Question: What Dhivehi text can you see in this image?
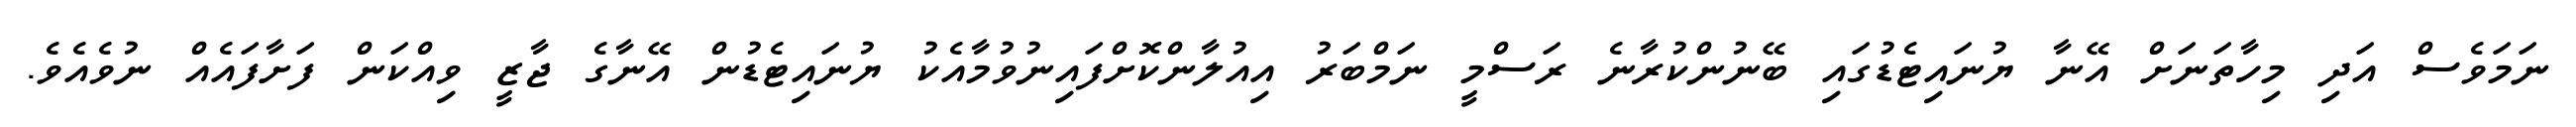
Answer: ނަމަވެސް އަދި މިހާތަނަށް އޭނާ ޔުނައިޓެޑުގައި ބޭނުންކުރާނެ ރަސްމީ ނަމްބަރު އިއުލާންކޮށްފައިނުވުމާއެކު ޔުނައިޓެޑުން އޭނާގެ ޖާޒީ ވިއްކަން ފަށާފައެއް ނުވެއެވެ.